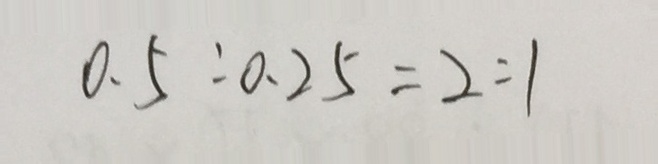
0 . 5 : 0 . 2 5 = 2 : 1